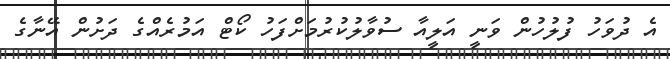
އެ ދުވަހު ފުލުހުން ވަނީ އަލީއާ ސުވާލުކުރުމަށްފަހު ކޯޓް އަމުރެއްގެ ދަށުން އޭނާގެ